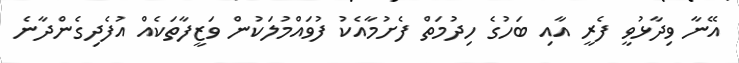
އޭނާ ވިދާޅުވީ ފެރީ އާއި ބަހުގެ ހިދުމަތް ފެށުމާއެކު ފުވައްމުލަކުން ވަޒީފާތަކެއް އުފެދިގެންދާނެ